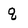
Character: q